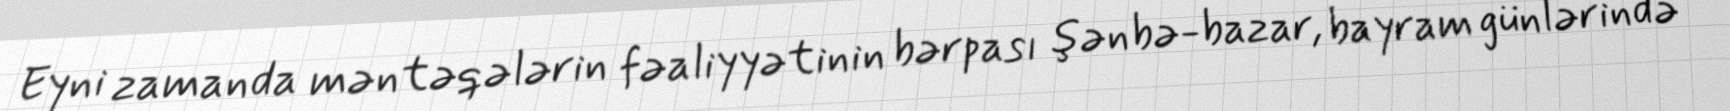
Eyni zamanda məntəqələrin fəaliyyətinin bərpası şənbə-bazar, bayram günlərində